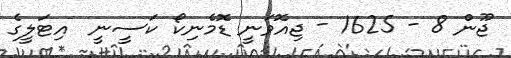
ޖޫން 8 - 1625 - ޖިއޮވަނީ ޑޮމެނިކޯ ކަސީނީ  އިޓަލީގެ